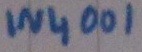
Text: IN4001